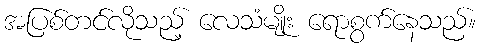
အပြစ်တင်လိုသည့် လေသံမျိုး ရောစွက်နေသည်။